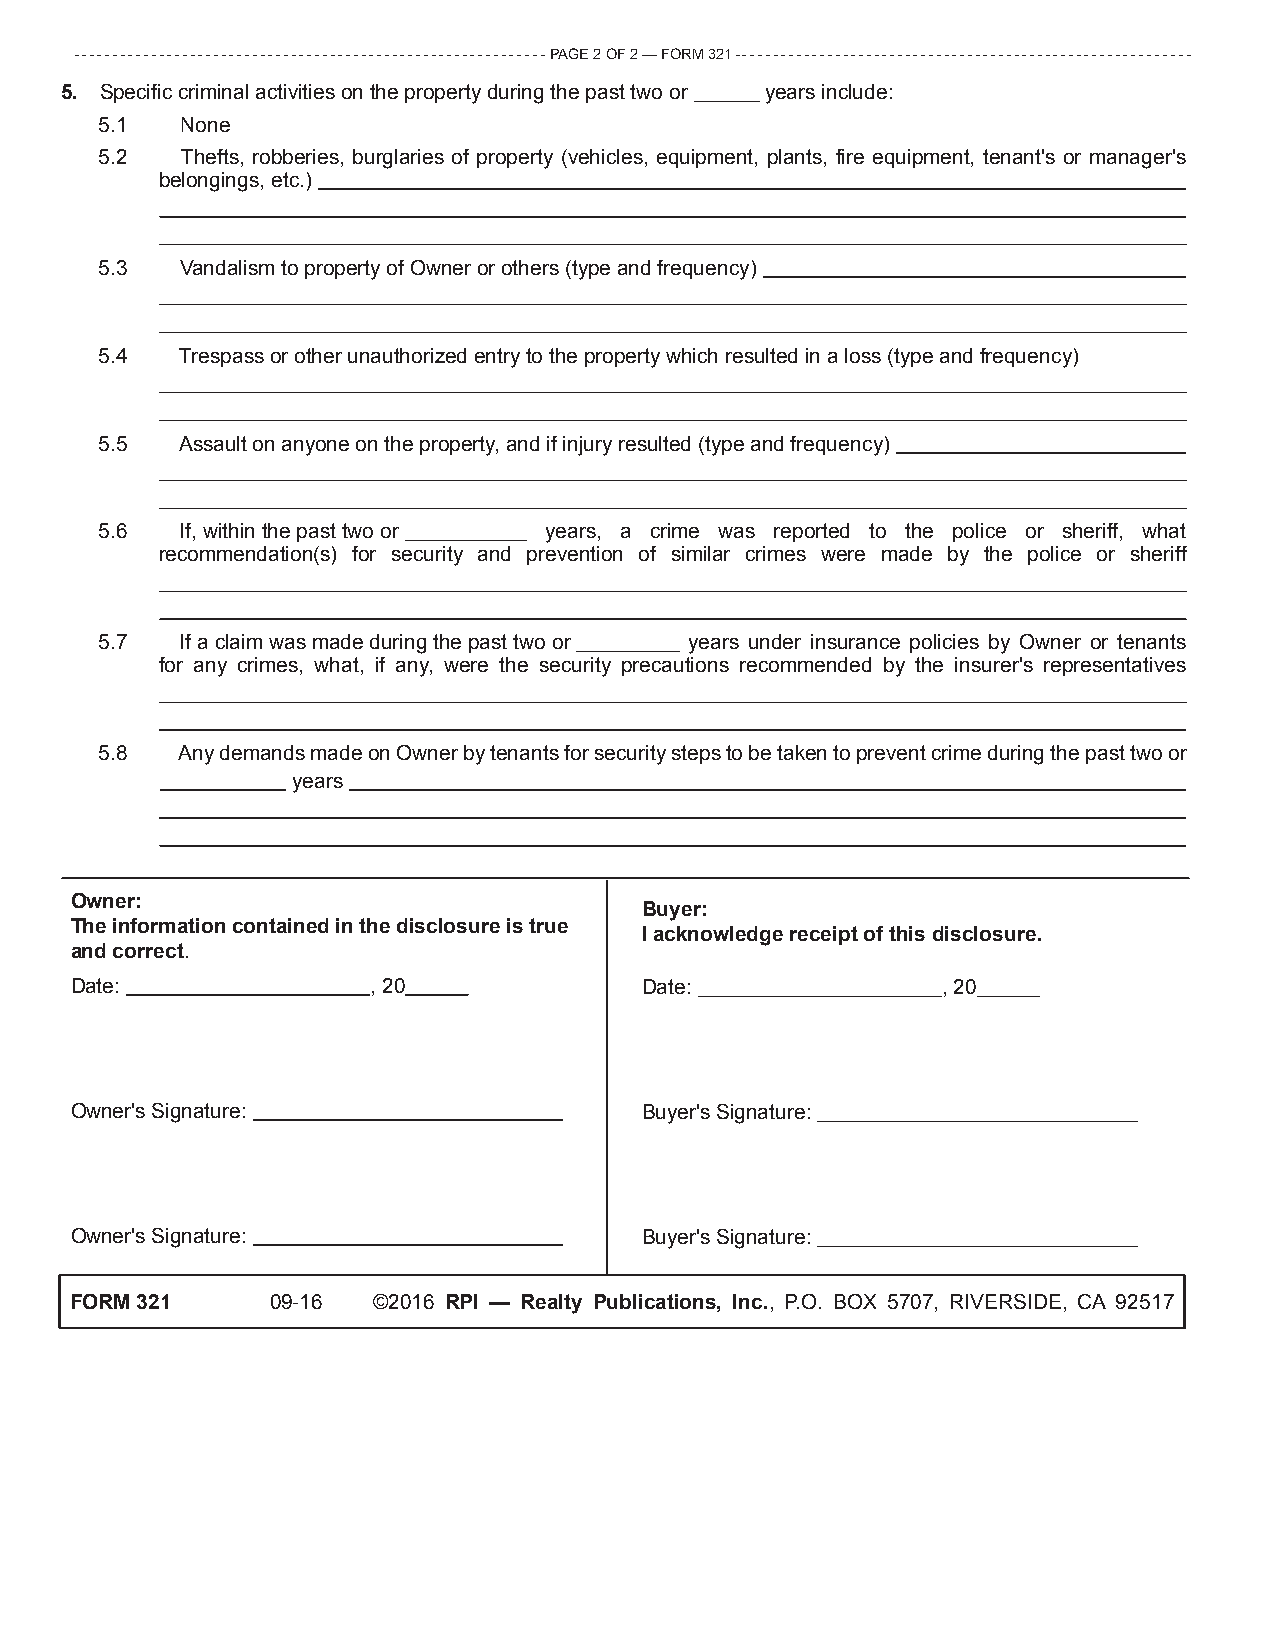
-------------------------------------------------------------PAGE 2 OF 2 — FORM 321 -----------------------------------------------------------
 55.. Specific criminal activities on the property during the past two or years include:
 5.1 � None
 5.2 � Thefts, robberies, burglaries of property (vehicles, equipment, plants, fire equipment, tenant's or manager's
 belongings, etc.)
 5.3 � Vandalism to property of Owner or others (type and frequency)
 5.4 � Trespass or other unauthorized entry to the property which resulted in a loss (type and frequency)
 5.5 � Assault on anyone on the property, and if injury resulted (type and frequency)
 5.6 � If, within the past two or years, a crime was reported to the police or sheriff, what
 recommendation(s) for security and prevention of similar crimes were made by the police or sheriff
 5.7 � If a claim was made during the past two or years under insurance policies by Owner or tenants
 for any crimes, what, if any, were the security precautions recommended by the insurer's representatives
 5.8 � Any demands made on Owner by tenants for security steps to be taken to prevent crime during the past two or
 years
 Owner:
 Buyer:
 The information contained in the disclosure is true
 I acknowledge receipt of this disclosure.
 and correct.
 Date:               , 20              Date:              , 20
 Owner's Signature:                    Buyer's Signature:
 Owner's Signature:                    Buyer's Signature:
 FORM 321     09-16  ©2016 RPI — Realty Publications, Inc., P.O. BOX 5707, RIVERSIDE, CA 92517